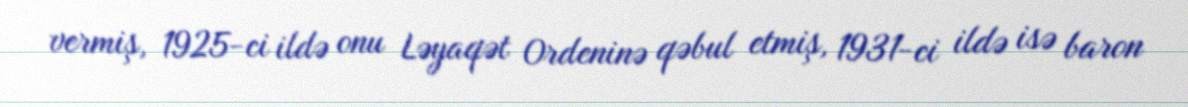
vermiş, 1925-ci ildə onu Ləyaqət Ordeninə qəbul etmiş, 1931-ci ildə isə baron